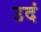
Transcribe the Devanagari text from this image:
उदं